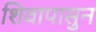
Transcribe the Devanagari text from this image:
शिवापासुन